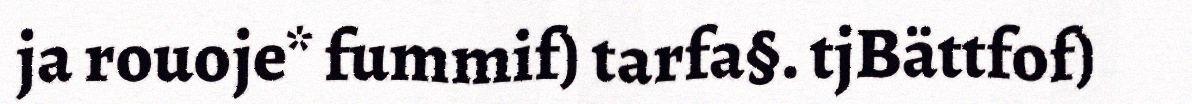
ja rouoje* fummif) tarfa§. tjBättfof)